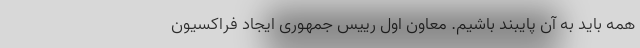
همه باید به آن پایبند باشیم. معاون اول رییس جمهوری ایجاد فراکسیون